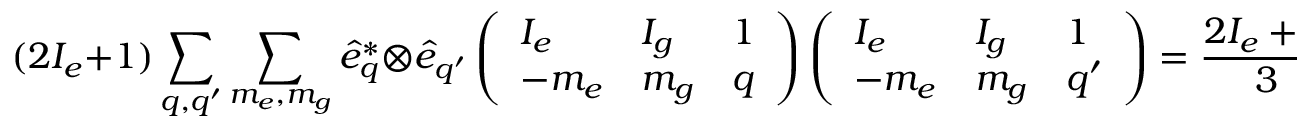
( 2 I _ { e } + 1 ) \sum _ { q , q ^ { \prime } } \sum _ { m _ { e } , m _ { g } } \hat { e } _ { q } ^ { * } \otimes \hat { e } _ { q ^ { \prime } } \left( \begin{array} { l l l } { I _ { e } } & { I _ { g } } & { 1 } \\ { - m _ { e } } & { m _ { g } } & { q } \end{array} \right) \left( \begin{array} { l l l } { I _ { e } } & { I _ { g } } & { 1 } \\ { - m _ { e } } & { m _ { g } } & { q ^ { \prime } } \end{array} \right) = \frac { 2 I _ { e } + 1 } { 3 } \overleftrightarrow { 1 } ,